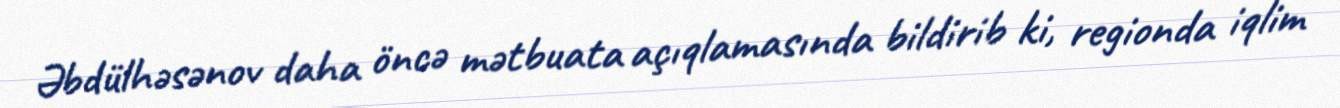
Əbdülhəsənov daha öncə mətbuata açıqlamasında bildirib ki, regionda iqlim